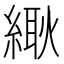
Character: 𦃸